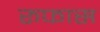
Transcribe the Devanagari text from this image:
रूफास